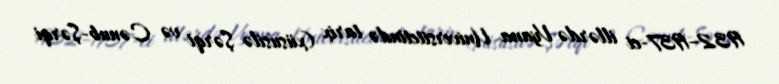
1932–1937-ci illərdə Vyana Universitetində tarix (xüsusilə Şərqi və Cənub-Şərqi